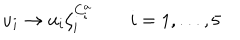
LaTeX: u _ { i } \rightarrow u _ { i } \zeta _ { i } ^ { C _ { i } ^ { a } } \qquad i = 1 , . . . , 5